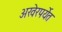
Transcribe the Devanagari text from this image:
अखेरपर्येत